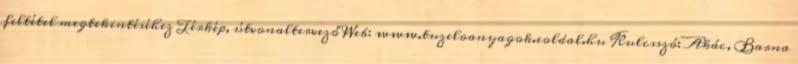
feltétel megtekintéséhez Térkép, útvonaltervező Web: www.tuzeloanyagok.eoldal.hu Kulcsszó: Akác, Barna